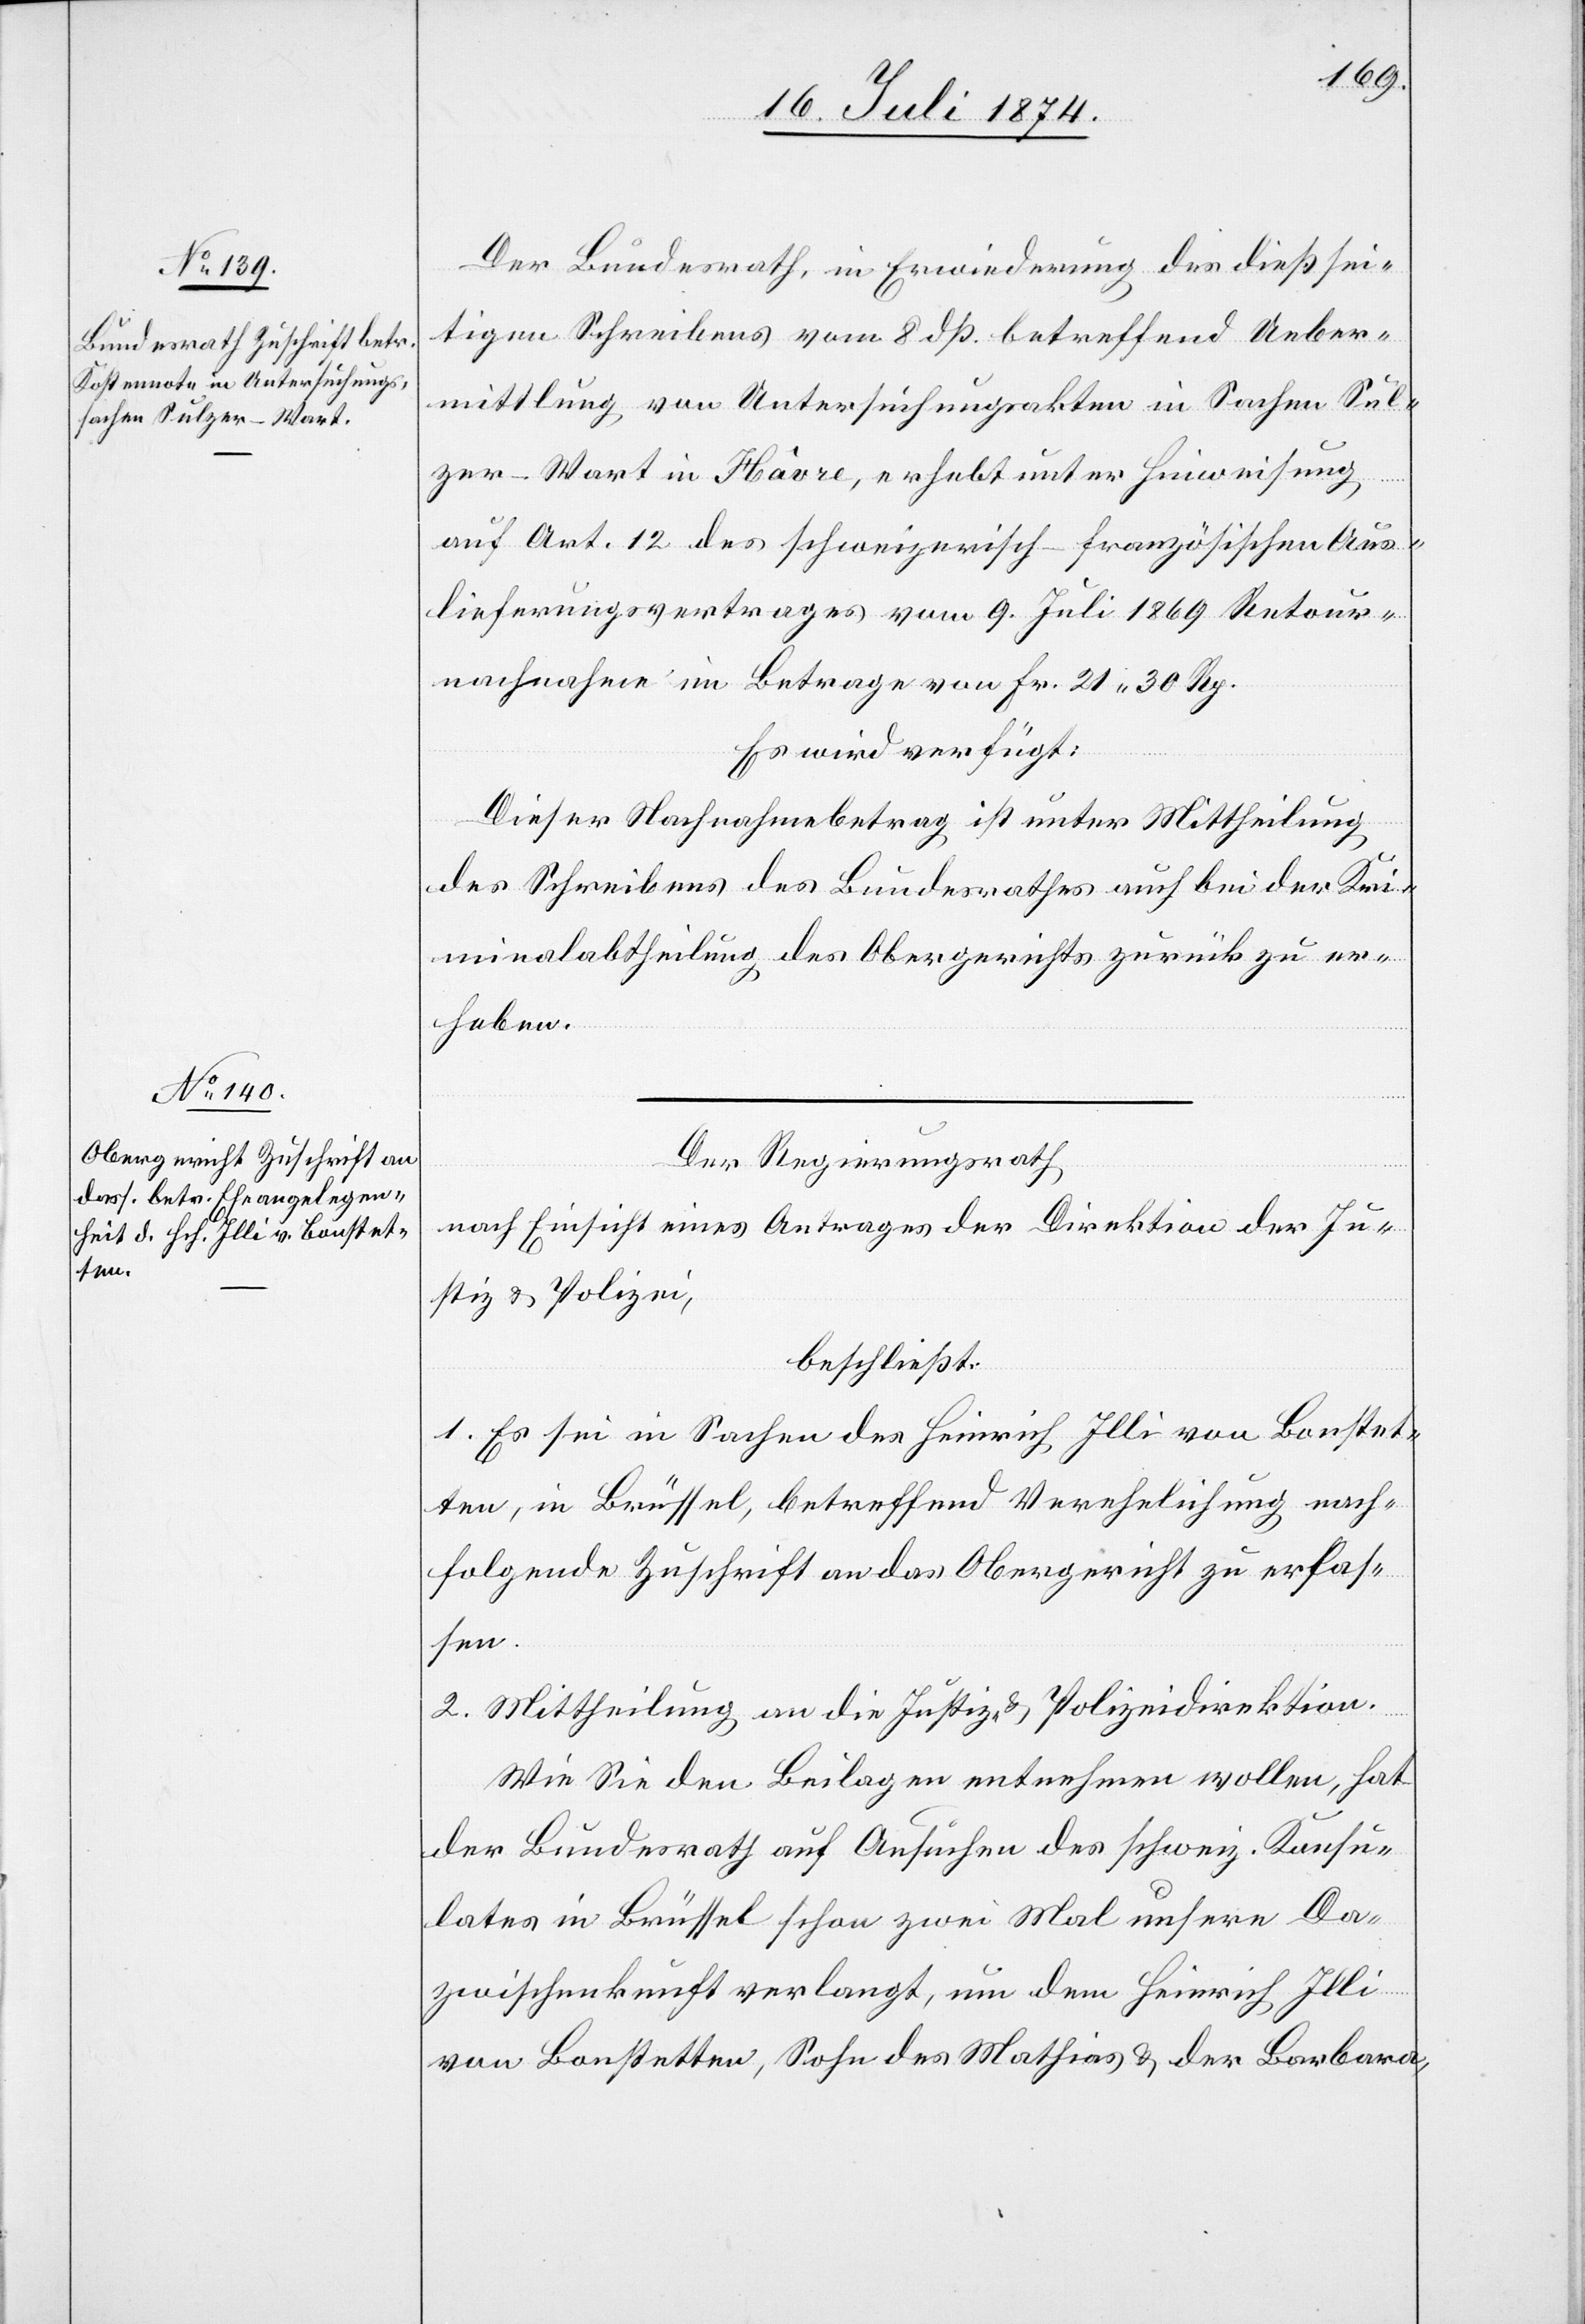
16. Juli 1874.]
Der Bundesrath, in Erwiederung des dießsei¬
tigen Schreibens vom 8. dß. betreffend Ueber¬
mittlung von Untersuchungsakten in Sachen Sul¬
zer-Wart in Hâvre, erhebt unter Hinweisung
auf Art. 12 des schweizerisch-französischen Aus¬
lieferungsvertrages vom 9. Juli 1869 Retour¬
nachnahme im Betrage von Fr. 21.30 Rp.
Es wird verfügt:
Dieser Nachnahmbetrag ist unter Mittheilung
des Schreibens des Bundesrathes auch bei der Kri¬
minalabtheilung des Obergerichts zurück zu er¬
heben.
Der Regierungsrath,
nach Einsicht eines Antrages der Direktion der Ju¬
stiz u. Polizei,
beschließt:
1. Es sei in Sachen des Heinrich Illi von Bonstet¬
ten, in Brüssel, betreffend Verehelichung nach¬
folgende Zuschrift an das Obergericht zu erfas¬
sen.
2. Mittheilung an die Justiz- u. Polizeidirektion.
Wie Sie den Beilagen entnehmen wollen, hat
der Bundesrath auf Ansuchen des schweiz. Konsu¬
lates in Brüssel schon zwei Mal unsere Da¬
zwischenkunft verlangt, um dem Heinrich Illi
von Bonstetten, Sohn des Mathias u. der Barbara,